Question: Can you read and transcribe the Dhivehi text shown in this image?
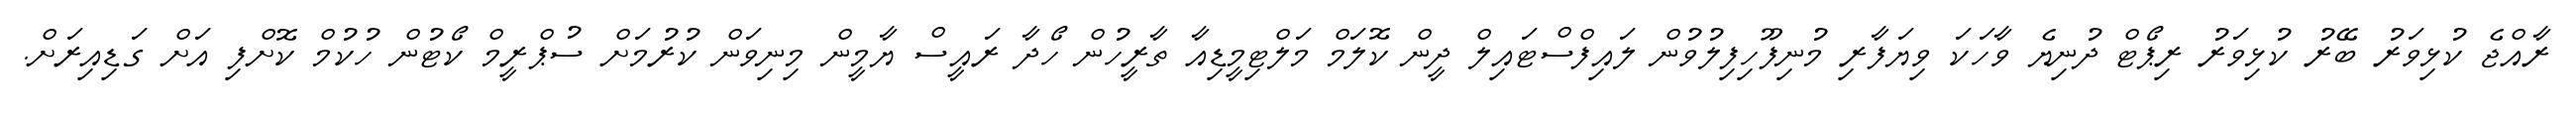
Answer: ރާއްޖެ ކުޅިވަރު ބޭރު ކުޅިވަރު ރިޕޯޓް ދުނިޔެ ވާހަކަ ވިޔަފާރި މުނިފޫހިފިލުވުން ލައިފްސްޓައިލް ދީން ކޮލަމް މަލްޓިމީޑިއާ ތާރީހުން ހޯދާ ރައީސް ޔާމީން މިނިވަން ކުރުމަށް ސުޕްރީމް ކޯޓުން ހުކުމް ކޮށްފި އަށް ގަޑިއިރަށް.